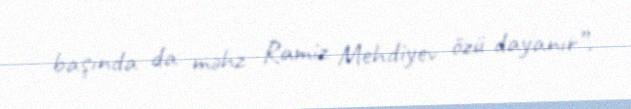
başında da məhz Ramiz Mehdiyev özü dayanır”.